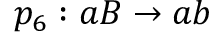
p _ { 6 } : a B \rightarrow a b